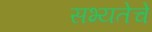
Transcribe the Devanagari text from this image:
सभ्यतेचे